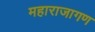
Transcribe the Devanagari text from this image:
महाराजागण